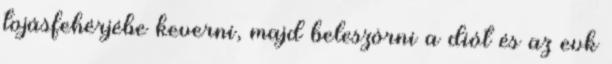
tojásfehérjébe keverni, majd beleszórni a diót és az evk